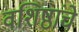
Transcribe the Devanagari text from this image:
वशिष्ठांचे